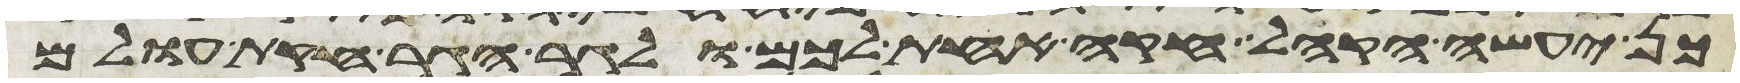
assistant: כן יעשה הקהל חקה אחת לכם ולגר הגר חקת עולם